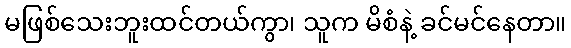
မဖြစ်သေးဘူးထင်တယ်ကွာ၊ သူက မိစံနဲ့ ခင်မင်နေတာ။